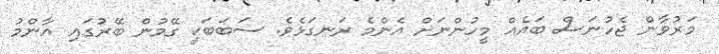
މަރުވާން ޖެހުނަސް ބައެއް މީހުންނަށް އެންމެ ރަނގަޅެވެ. ސަބަބަކީ ގޭމުން ބޭރުގައި އާންމު